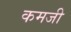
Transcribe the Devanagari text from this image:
कमजी